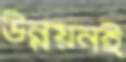
উন্নয়নই